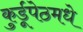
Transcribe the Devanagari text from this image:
कुर्डूपेठमधे